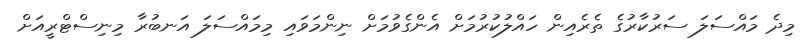
މިދެ މައްސަލަ ސަރުކާރުގެ ތެރެއިން ހައްލުކުރުމަށް އެންގެވުމަށް ނިންމަވައި މިމައްސަލަ އަނބުރާ މިނިސްޓްރީއަށް